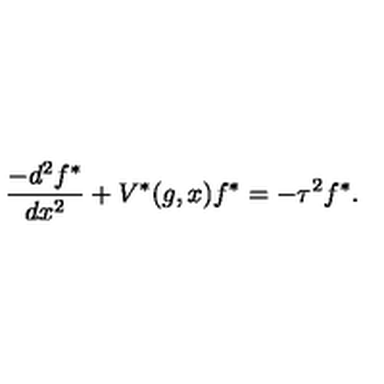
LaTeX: \frac { - d ^ { 2 } f ^ { * } } { d x ^ { 2 } } + V ^ { * } ( g , x ) f ^ { * } = - \tau ^ { 2 } f ^ { * } .